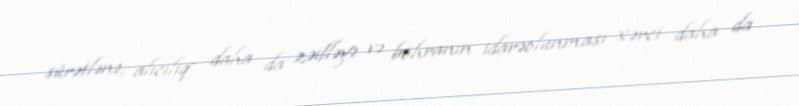
sürətlənə, alıcılıq daha da zəifləyə və böhranın idarəolunması xərci daha da